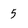
Character: 5